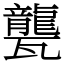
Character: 𤮨